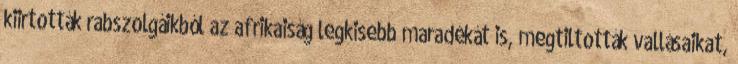
kiirtották rabszolgáikból az afrikaiság legkisebb maradékát is, megtiltották vallásaikat,